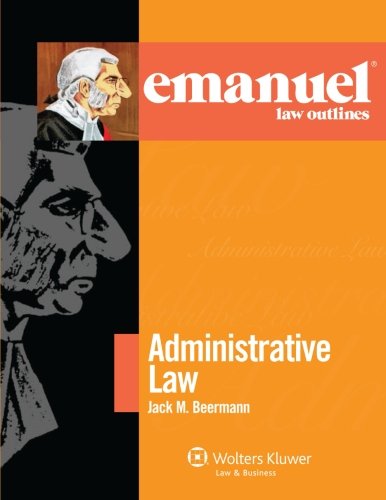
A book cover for Emanuel Law Outlines: Administrative Law; Jack M. Beerman; Law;